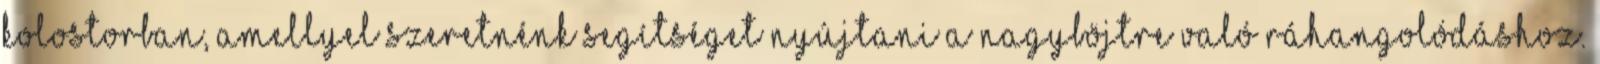
kolostorban, amellyel szeretnénk segítséget nyújtani a nagyböjtre való ráhangolódáshoz.